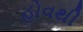
હોવથી